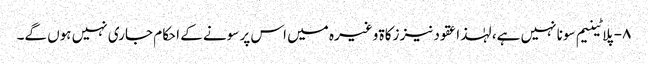
۸- پلاٹینیم سونا نہیں ہے، لہٰذا عقود نیز زکاۃ وغیرہ میں اس پر سونے کے احکام جاری نہیں ہوں گے۔